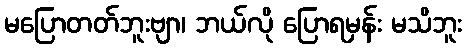
မပြောတတ်ဘူးဗျာ၊ ဘယ်လို ပြောရမှန်း မသိဘူး